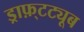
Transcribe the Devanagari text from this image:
ड्राफ़्टट्यूब